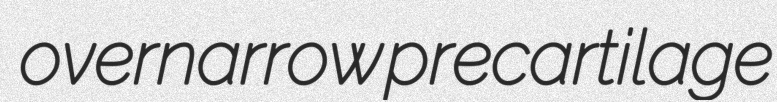
overnarrow precartilage